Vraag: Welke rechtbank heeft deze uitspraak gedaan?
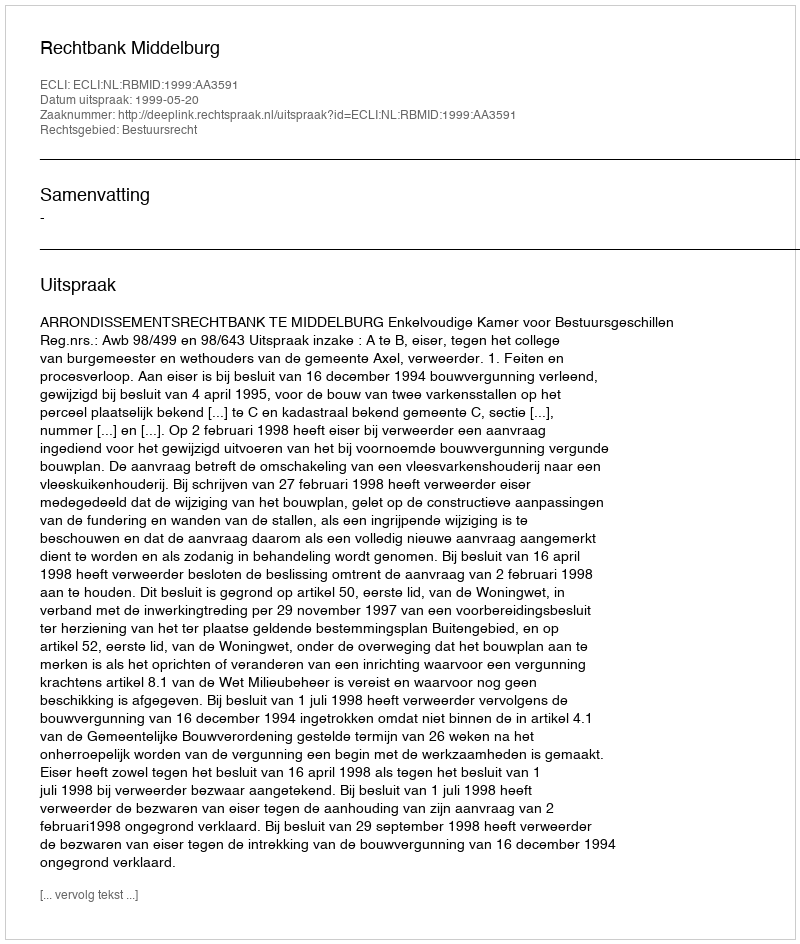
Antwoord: Rechtbank Middelburg